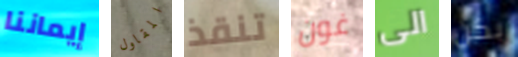
إيماننا المقاول تنقذ غون الى بكن